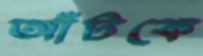
আঁটকে